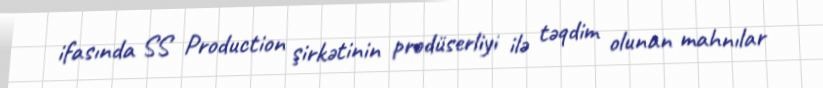
ifasında SS Production şirkətinin prodüserliyi ilə təqdim olunan mahnılar